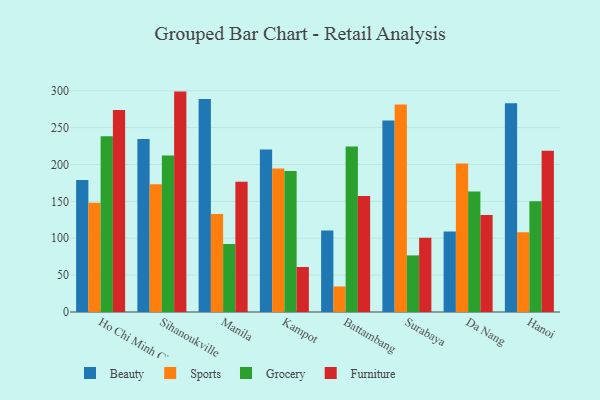
{"axis": {"x": "City", "y": "Temperature (°C)"}, "legend": ["Beauty", "Furniture", "Grocery", "Sports"], "data": [{"x": "Ho Chi Minh City", "y": 178.8, "type": "Beauty"}, {"x": "Ho Chi Minh City", "y": 148.1, "type": "Sports"}, {"x": "Ho Chi Minh City", "y": 238.1, "type": "Grocery"}, {"x": "Ho Chi Minh City", "y": 273.9, "type": "Furniture"}, {"x": "Sihanoukville", "y": 234.6, "type": "Beauty"}, {"x": "Sihanoukville", "y": 173.3, "type": "Sports"}, {"x": "Sihanoukville", "y": 212.3, "type": "Grocery"}, {"x": "Sihanoukville", "y": 298.8, "type": "Furniture"}, {"x": "Manila", "y": 288.6, "type": "Beauty"}, {"x": "Manila", "y": 132.9, "type": "Sports"}, {"x": "Manila", "y": 92.2, "type": "Grocery"}, {"x": "Manila", "y": 176.5, "type": "Furniture"}, {"x": "Kampot", "y": 220.4, "type": "Beauty"}, {"x": "Kampot", "y": 194.7, "type": "Sports"}, {"x": "Kampot", "y": 191.3, "type": "Grocery"}, {"x": "Kampot", "y": 61.0, "type": "Furniture"}, {"x": "Battambang", "y": 110.4, "type": "Beauty"}, {"x": "Battambang", "y": 34.6, "type": "Sports"}, {"x": "Battambang", "y": 224.4, "type": "Grocery"}, {"x": "Battambang", "y": 157.2, "type": "Furniture"}, {"x": "Surabaya", "y": 259.5, "type": "Beauty"}, {"x": "Surabaya", "y": 281.2, "type": "Sports"}, {"x": "Surabaya", "y": 76.7, "type": "Grocery"}, {"x": "Surabaya", "y": 100.6, "type": "Furniture"}, {"x": "Da Nang", "y": 109.2, "type": "Beauty"}, {"x": "Da Nang", "y": 201.2, "type": "Sports"}, {"x": "Da Nang", "y": 163.4, "type": "Grocery"}, {"x": "Da Nang", "y": 131.6, "type": "Furniture"}, {"x": "Hanoi", "y": 283.0, "type": "Beauty"}, {"x": "Hanoi", "y": 108.1, "type": "Sports"}, {"x": "Hanoi", "y": 150.0, "type": "Grocery"}, {"x": "Hanoi", "y": 218.7, "type": "Furniture"}]}